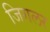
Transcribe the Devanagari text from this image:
जिगलर